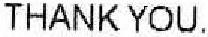
THANK YOU.